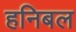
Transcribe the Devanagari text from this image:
हनिबल